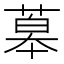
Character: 䔌